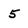
Character: 5